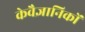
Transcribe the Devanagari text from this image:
केवैज्ञानिकों